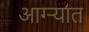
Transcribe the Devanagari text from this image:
आग्ऱ्यात